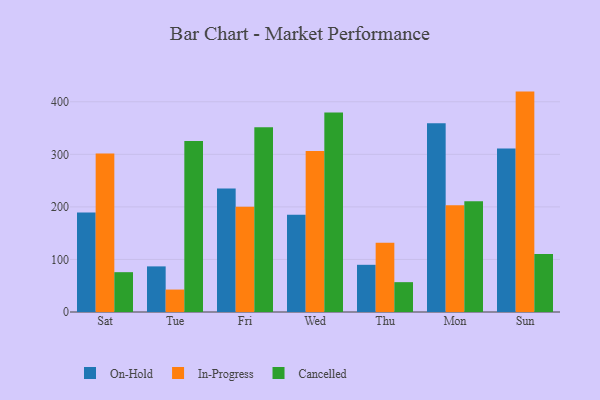
{"axis": {"x": "Day", "y": "LTV (USD)"}, "legend": ["Cancelled", "In-Progress", "On-Hold"], "data": [{"x": "Sat", "y": 189.2, "type": "On-Hold"}, {"x": "Sat", "y": 301.5, "type": "In-Progress"}, {"x": "Sat", "y": 75.8, "type": "Cancelled"}, {"x": "Tue", "y": 86.8, "type": "On-Hold"}, {"x": "Tue", "y": 42.7, "type": "In-Progress"}, {"x": "Tue", "y": 325.4, "type": "Cancelled"}, {"x": "Fri", "y": 235.1, "type": "On-Hold"}, {"x": "Fri", "y": 200.4, "type": "In-Progress"}, {"x": "Fri", "y": 351.4, "type": "Cancelled"}, {"x": "Wed", "y": 185.0, "type": "On-Hold"}, {"x": "Wed", "y": 306.2, "type": "In-Progress"}, {"x": "Wed", "y": 379.8, "type": "Cancelled"}, {"x": "Thu", "y": 89.8, "type": "On-Hold"}, {"x": "Thu", "y": 131.7, "type": "In-Progress"}, {"x": "Thu", "y": 56.8, "type": "Cancelled"}, {"x": "Mon", "y": 359.0, "type": "On-Hold"}, {"x": "Mon", "y": 203.1, "type": "In-Progress"}, {"x": "Mon", "y": 210.9, "type": "Cancelled"}, {"x": "Sun", "y": 311.2, "type": "On-Hold"}, {"x": "Sun", "y": 419.4, "type": "In-Progress"}, {"x": "Sun", "y": 110.6, "type": "Cancelled"}]}